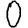
Digit: 0